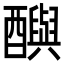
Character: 𨣦